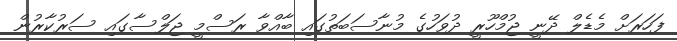
ފަހަރަށް މެޑެލް ދޭނީ ޖުމްހޫރީ ދުވަހުގެ މުނާސަބަތުގައި ބާއްވާ ރަސްމީ ޖަލްސާގައި ސަރުކާރުން